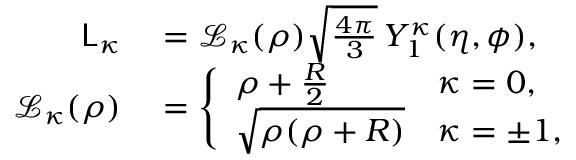
\begin{array} { r l } { \mathsf { L } _ { \kappa } } & { { } = \mathcal { L } _ { \kappa } ( \rho ) \sqrt { \frac { 4 \pi } { 3 } } \, Y _ { 1 } ^ { \kappa } ( \eta , \phi ) , } \\ { \mathcal { L } _ { \kappa } ( \rho ) } & { { } = \left\{ \begin{array} { l l } { \rho + \frac { R } { 2 } } & { \kappa = 0 , } \\ { \sqrt { \rho ( \rho + R ) } } & { \kappa = \pm 1 , } \end{array} \right. } \end{array}